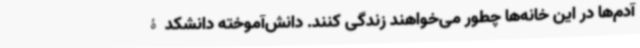
آدم‌ها در این خانه‌ها چطور می‌خواهند زندگی کنند. دانش‌آموخته دانشکدۀ